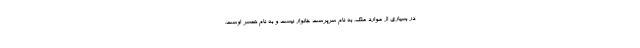
در بسیاری از موارد ملک، به نام سرپرست خانوار نیست و به نام همسر اوست.